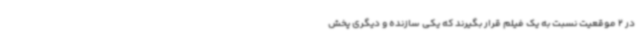
در 2 موقعیت نسبت به یک فیلم قرار بگیرند که یکی سازنده و دیگری پخش